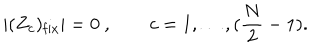
| ( Z _ { c } ) _ { \mathrm { f i x } } | = 0 \ , \qquad c = 1 , \dots , ( { \frac { N } { 2 } } - 1 ) .